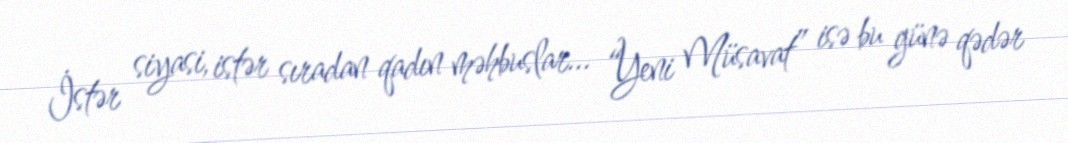
İstər siyasi, istər sıradan qadın məhbuslar... “Yeni Müsavat” isə bu günə qədər